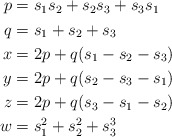
\begin{align*}\begin{aligned}p& = s_1s_2 + s_2s_3 + s_3s_1 \\q& = s_1 + s_2 + s_3 \\x& = 2p + q ( s_1 - s_2 - s_3 ) \\y& = 2p + q ( s_2 - s_3 - s_1 ) \\z& = 2p + q ( s_3 - s_1 - s_2 ) \\w& = s_1^2 + s_2^2 + s_3^3 \\\end{aligned}\end{align*}